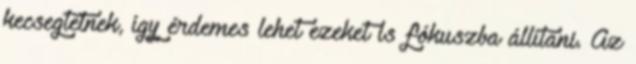
kecsegtetnek, így érdemes lehet ezeket is fókuszba állítani. Az